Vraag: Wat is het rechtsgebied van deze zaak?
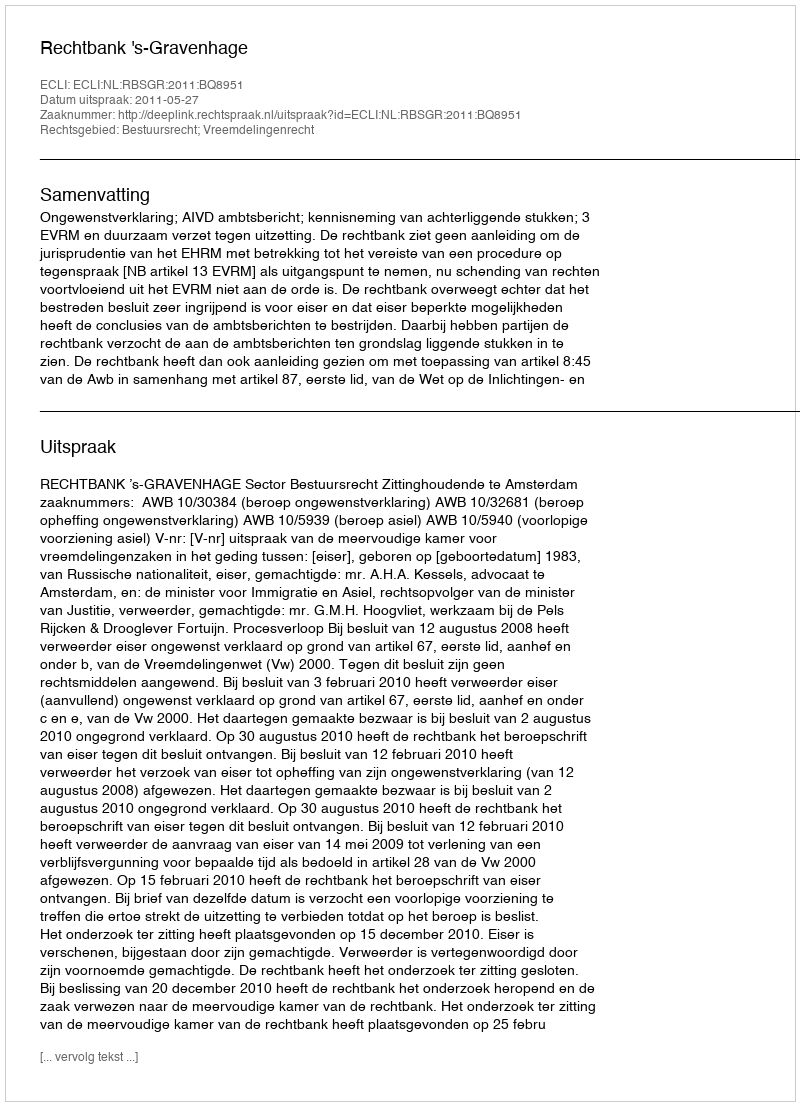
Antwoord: Bestuursrecht; Vreemdelingenrecht